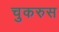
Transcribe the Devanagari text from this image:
चुकरुस